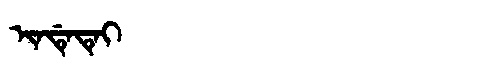
Manchu: ᡳᠨᡩᡝᡨᡝᡳ
Romanization: INDETEI